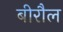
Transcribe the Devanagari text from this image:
बीरौल